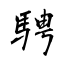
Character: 騁